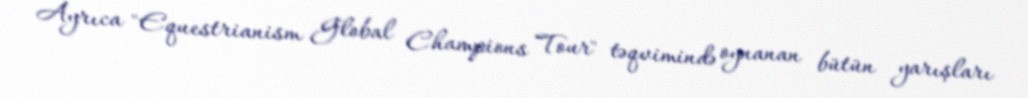
Ayrıca "Equestrianism Global Champions Tour" təqvimində oynanan bütün yarışları